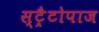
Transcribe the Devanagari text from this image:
स्ट्रैटोपाज